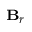
\scriptstyle \mathbf { B } _ { r }